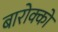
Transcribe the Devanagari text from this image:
बारोक्को